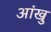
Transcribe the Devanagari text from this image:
आंखु